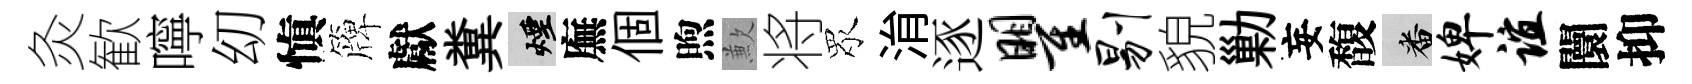
灸歓嚀㓜愼簰獻糞煙廡個煦歉将眾㳙逐瞿剔貌勦妄馥番婢谊闤抑